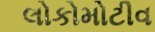
લોકોમોટીવ